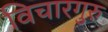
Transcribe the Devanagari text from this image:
विचारगुरु